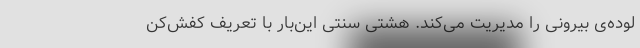
لوده‌ی بیرونی را مدیریت می‌کند. هشتی سنتی این‌بار با تعریف کفش‌کن